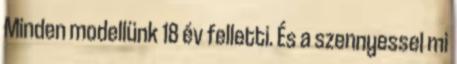
Minden modellünk 18 év felletti. És a szennyessel mi